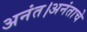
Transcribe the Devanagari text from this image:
अनंत।अनंताचे